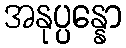
အနုပ္ပန္နော